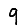
Digit: 9